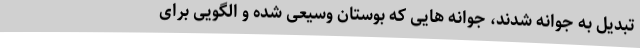
تبدیل به جوانه شدند، جوانه هایی که بوستان وسیعی شده و الگویی برای